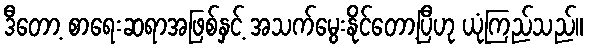
ဒီတော့ စာရေးဆရာအဖြစ်နှင့် အသက်မွေးနိုင်တော့ပြီဟု ယုံကြည်သည်။